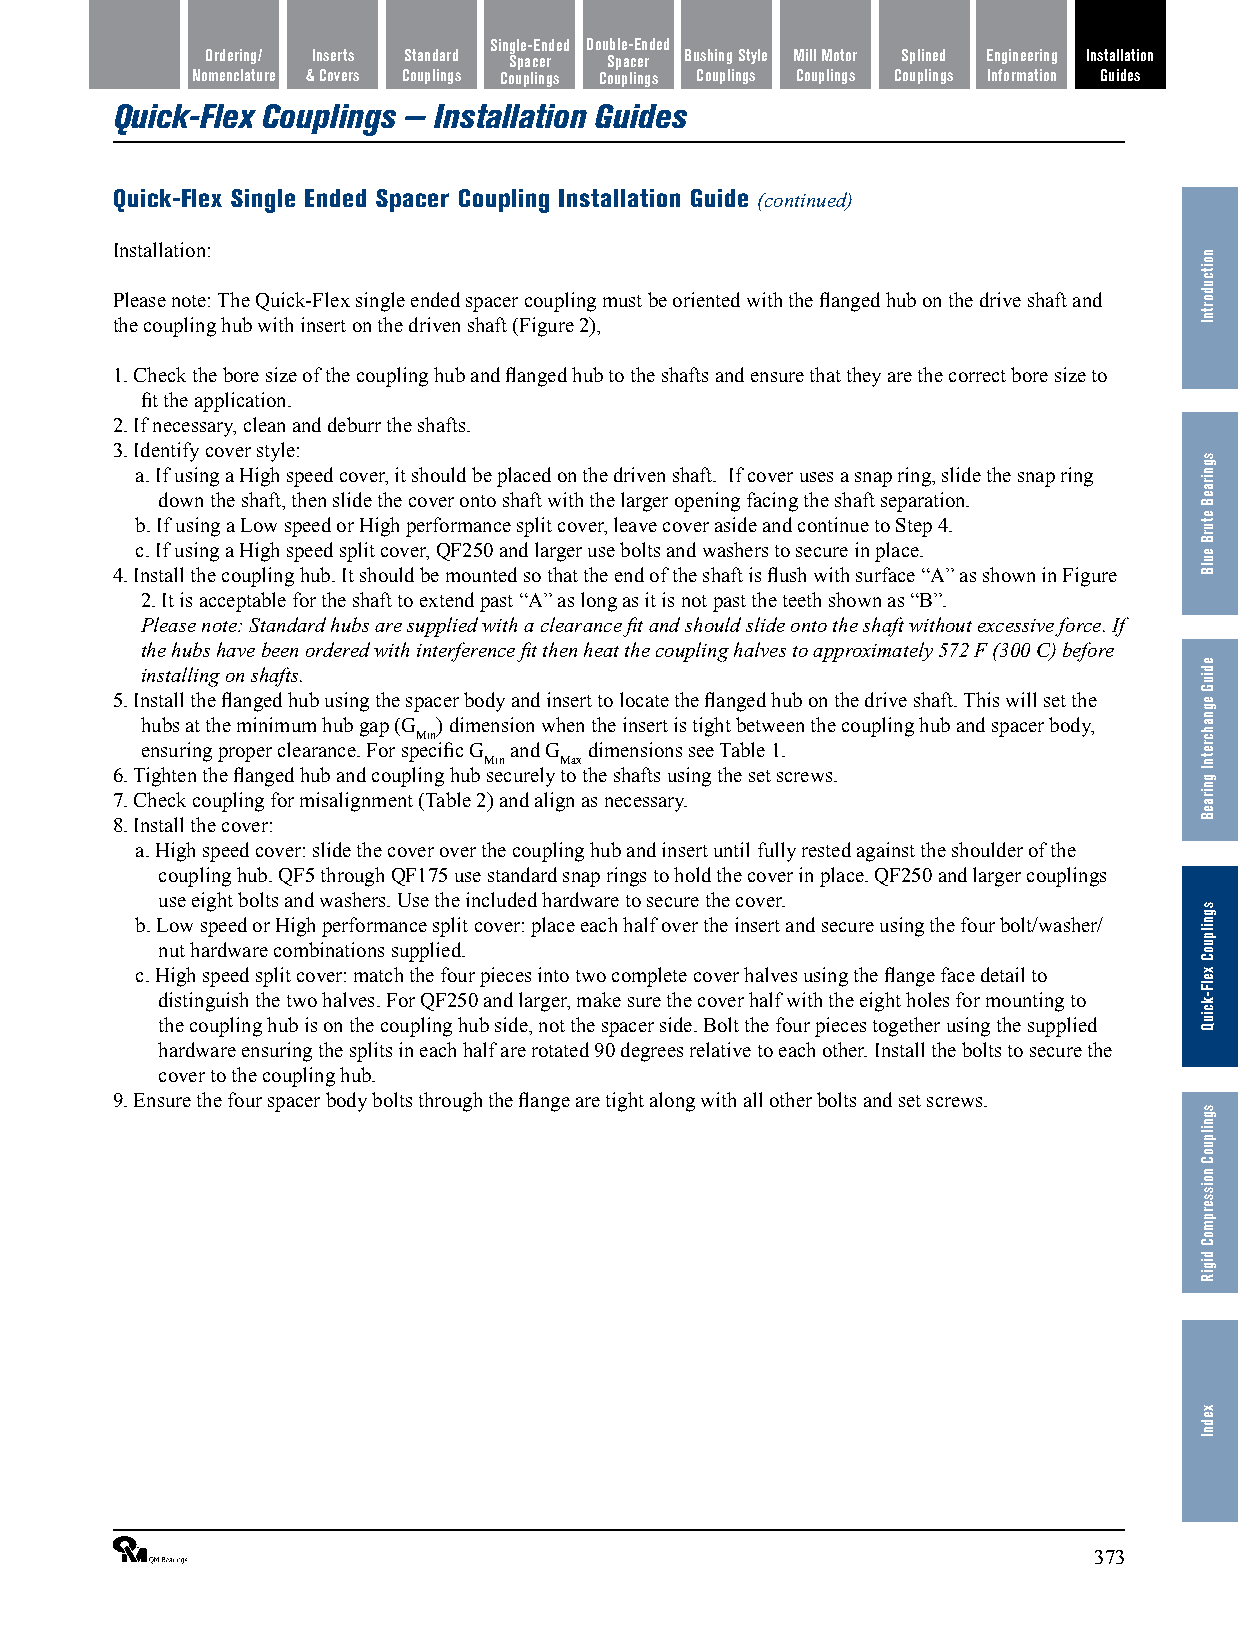
Single-Ended Double-Ended
 Features/ Ordering/ Inserts Standard Spacer Spacer Bushing Style Mill Motor Splined Engineering Installation
 Benefits Nomenclature & Covers Couplings Couplings Couplings Couplings Couplings Couplings Information Guides
 Quick-Flex Couplings — Installation Guides
 Quick-Flex Single Ended Spacer Coupling Installation Guide (continued)
 Installation:
 Please note: The Quick-Flex single ended spacer coupling must be oriented with the flanged hub on the drive shaft and
 the coupling hub with insert on the driven shaft (Figure 2),
 1. Check the bore size of the coupling hub and flanged hub to the shafts and ensure that they are the correct bore size to
 fit the application.
 2. If necessary, clean and deburr the shafts.
 3. Identify cover style:
 a. If using a High speed cover, it should be placed on the driven shaft. If cover uses a snap ring, slide the snap ring
 down the shaft, then slide the cover onto shaft with the larger opening facing the shaft separation.
 b. If using a Low speed or High performance split cover, leave cover aside and continue to Step 4.
 c. If using a High speed split cover, QF250 and larger use bolts and washers to secure in place.
 4. Install the coupling hub. It should be mounted so that the end of the shaft is flush with surface “A” as shown in Figure
 2. It is acceptable for the shaft to extend past “A” as long as it is not past the teeth shown as “B”.
 Please note: Standard hubs are supplied with a clearance fit and should slide onto the shaft without excessive force. If
 the hubs have been ordered with interference fit then heat the coupling halves to approximately 572 F (300 C) before
 installing on shafts.
 5. Install the flanged hub using the spacer body and insert to locate the flanged hub on the drive shaft. This will set the
 hubs at the minimum hub gap (G ) dimension when the insert is tight between the coupling hub and spacer body,
 Min
 ensuring proper clearance. For specific G and G dimensions see Table 1.
 Min  Max
 6. Tighten the flanged hub and coupling hub securely to the shafts using the set screws.
 7. Check coupling for misalignment (Table 2) and align as necessary.
 8. Install the cover:
 a. High speed cover: slide the cover over the coupling hub and insert until fully rested against the shoulder of the
 coupling hub. QF5 through QF175 use standard snap rings to hold the cover in place. QF250 and larger couplings
 use eight bolts and washers. Use the included hardware to secure the cover.
 b. Low speed or High performance split cover: place each half over the insert and secure using the four bolt/washer/
 nut hardware combinations supplied.
 c. High speed split cover: match the four pieces into two complete cover halves using the flange face detail to
 distinguish the two halves. For QF250 and larger, make sure the cover half with the eight holes for mounting to
 the coupling hub is on the coupling hub side, not the spacer side. Bolt the four pieces together using the supplied
 hardware ensuring the splits in each half are rotated 90 degrees relative to each other. Install the bolts to secure the
 cover to the coupling hub.
 9. Ensure the four spacer body bolts through the flange are tight along with all other bolts and set screws.
 ®                                                              373
 noitcudortnI
 sgniraeB
 eturB
 eulB
 ediuG
 egnahcretnI
 gniraeB
 sgnilpuoC
 xelF-kciuQ
 sgnilpuoC
 noisserpmoC
 digiR
 xednI